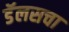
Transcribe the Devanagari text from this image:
डॅलसचा